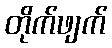
တိုက်ဖျက်